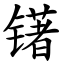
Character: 䦃